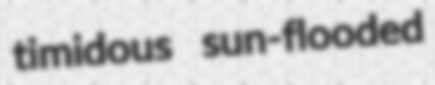
timidous sun-flooded